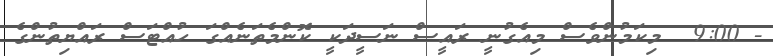
- 9:00  މިކަމުންވެސް މިއެގުނީ ރައީސް ނަސީދަކީ ކޮންމެތަނެއްގަ ހުއްޓަސް ރައްޔިތުންގެ